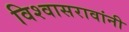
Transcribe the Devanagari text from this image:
विश्वासरावांनी